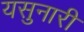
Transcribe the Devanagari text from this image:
यसुनारी